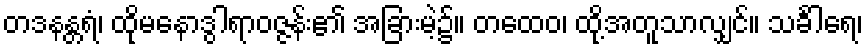
တဒနန္တရံ၊ ထိုမနောဒွါရာဝဇ္ဇန်း၏ အခြားမဲ့၌။ တထေဝ၊ ထို့အတူသာလျှင်။ သင်္ခါရေ၊